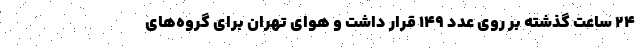
۲۴ ساعت گذشته بر روی عدد ۱۴۹ قرار داشت و هوای تهران برای گروه‌های